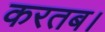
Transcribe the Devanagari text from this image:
करतब।